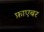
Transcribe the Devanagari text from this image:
फ़ाएबर